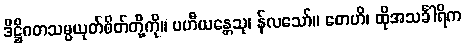
ဒိဋ္ဌိဂတသမ္ပယုတ်စိတ်တို့ကို။ ပဟီယန္တေသု၊ န်လသော်။ တေဟိ၊ ထိုအသင်္ခါရိက